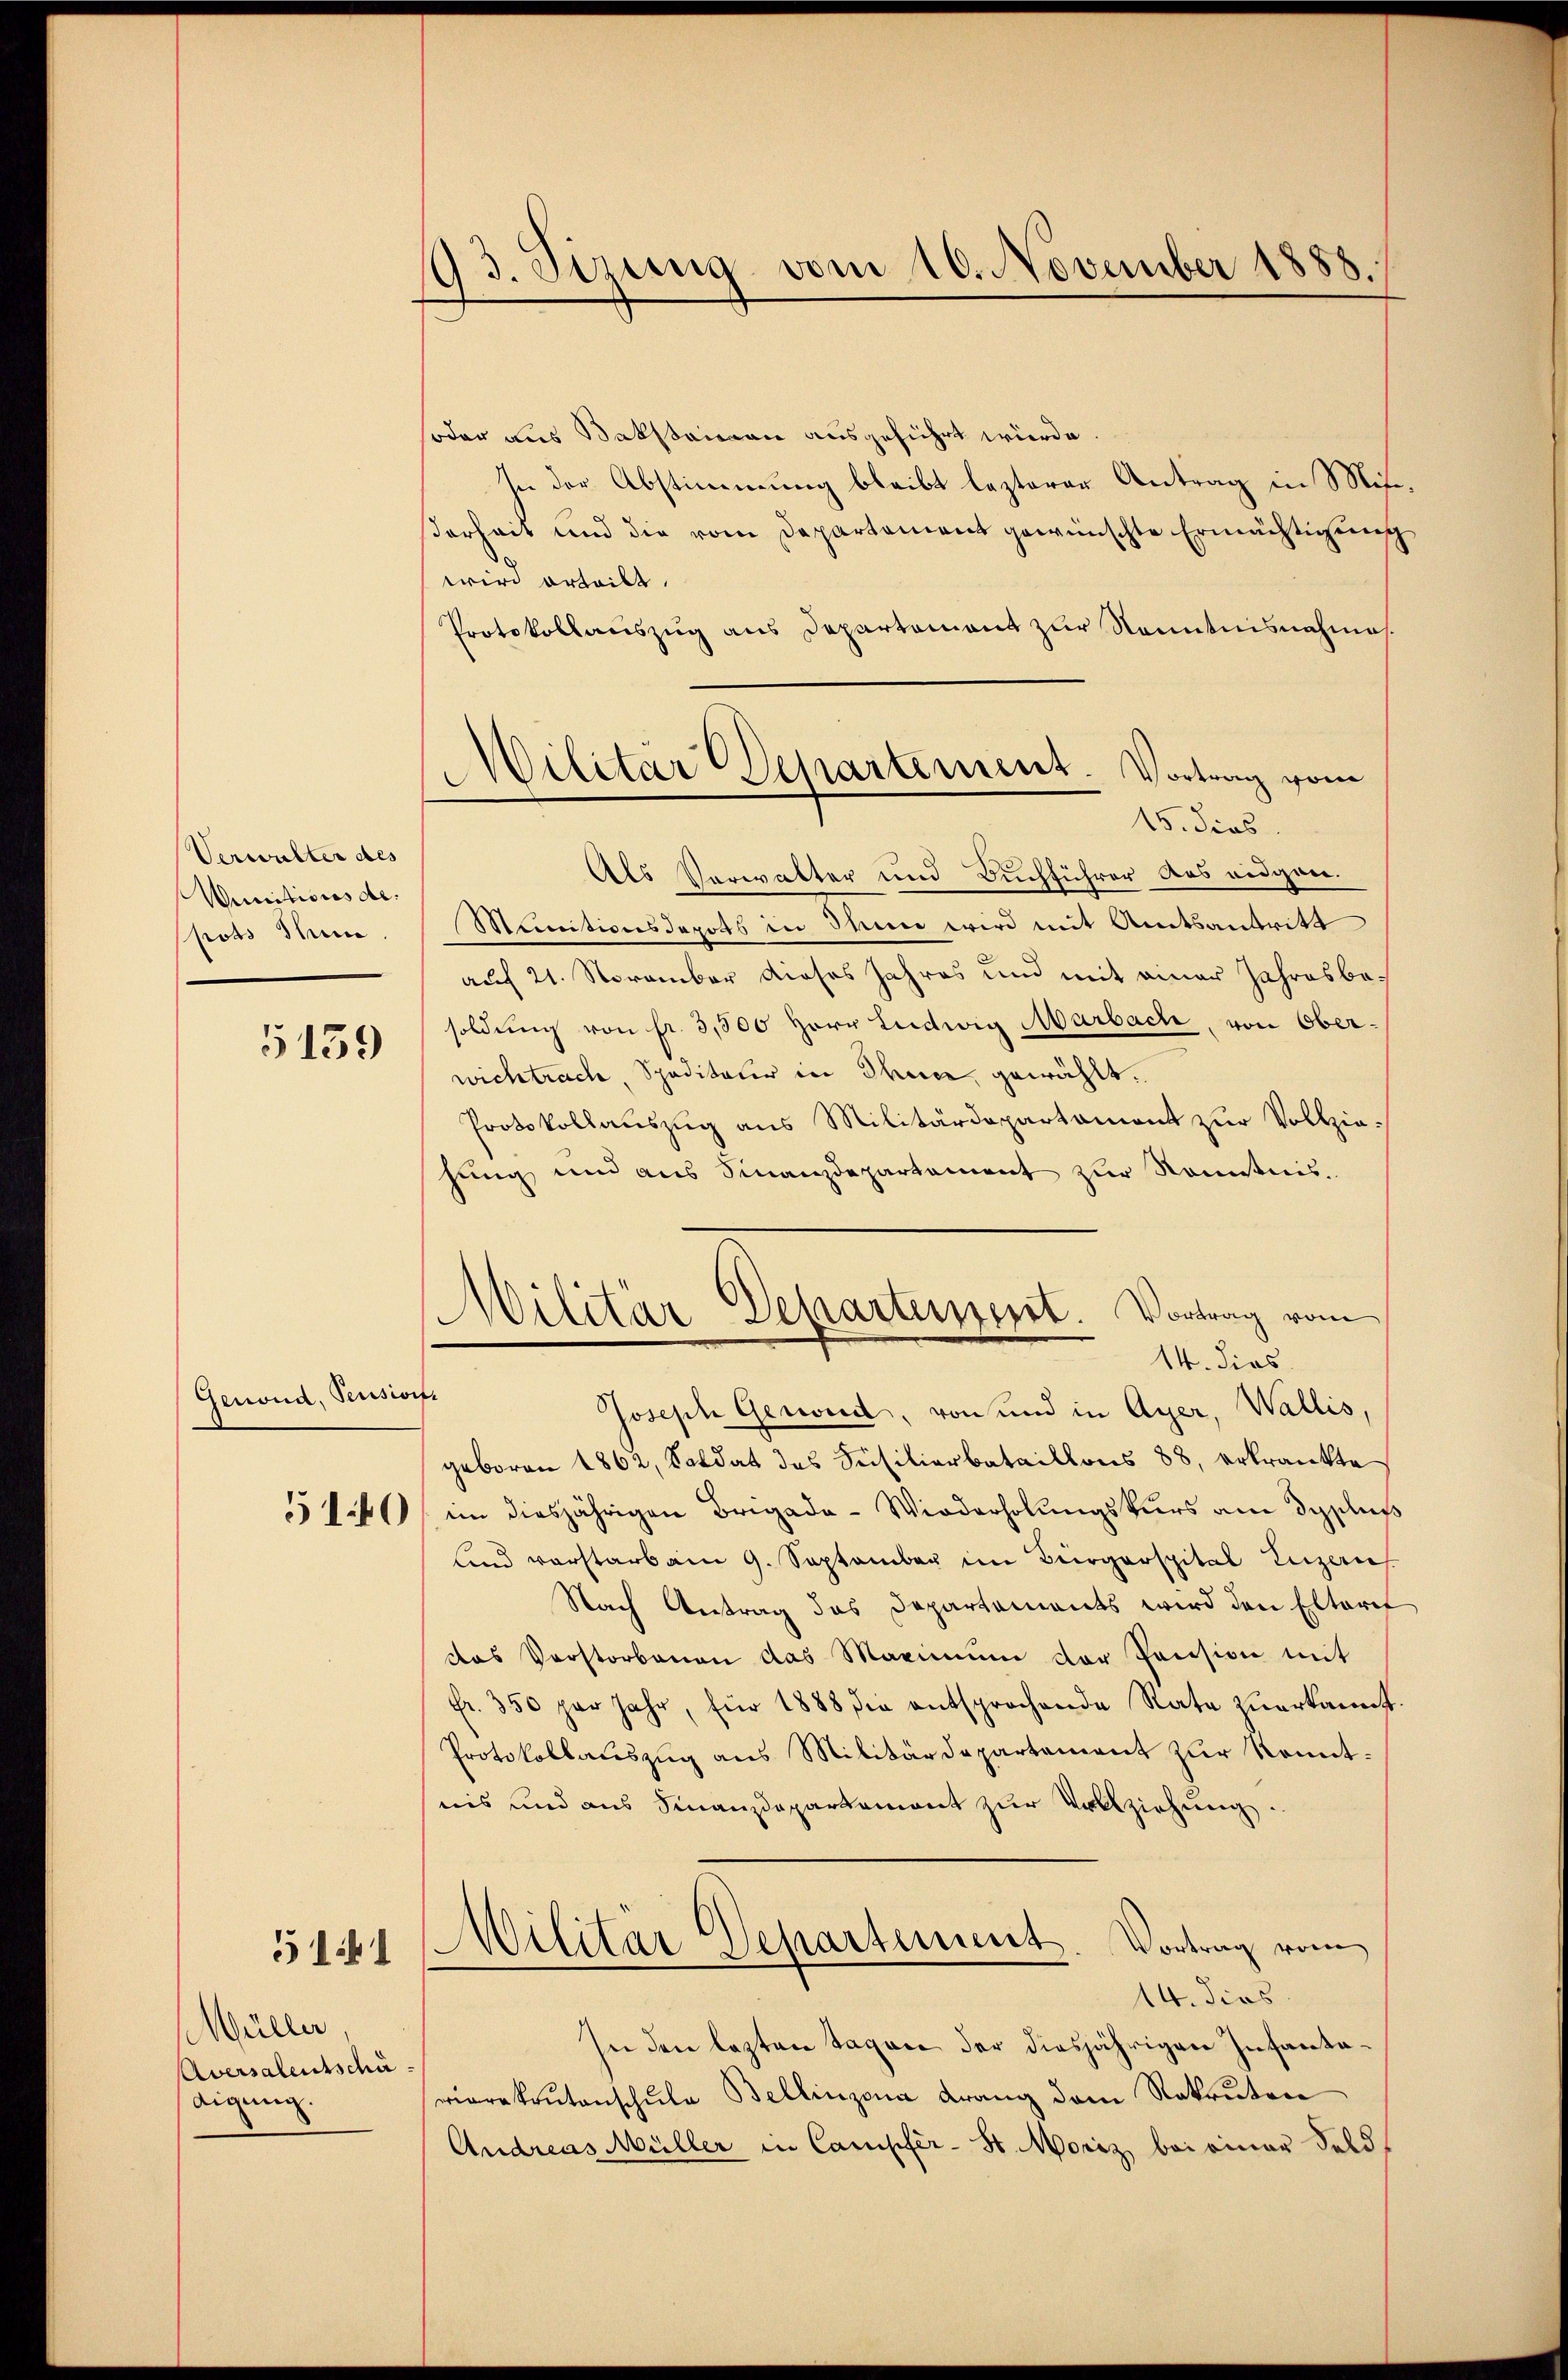
Verwalter des
Weinitionische.
pots Stun

5159

Genoud, Pensioift

510

5141

Müller,
Aversalentschä
digung.

93. Sizung vom 10. November 1888.

soder aus Baktairen ausgeführt würde.
In der Abstimmung bleibt lezterer Antrag in Mitserheit und die vom Departement gewünschte Ermächtigung
wird erteilt.
Protokollauszug aus Departement zur Kenntnisnahme.
Als Verwalter und Buchführer das eidgen.
Munitionsdepots in Mein wird mit Amtsantritt
auf 21. November dieses Jahres und mit einer Jahresbasoldŭng von fr. 3,500 herr Ludwig Marbach, von Ober-
wichtrach, Speditater in Ohne gewählt.
Protokollauszug aus Militärdepartament zur Vollziehung und aus Finanzdepartement zur Kenntnis.
Militar Departement. Vortrag vom
14. dies
Joseph Gerwird, von und in Ayer, Wallis,
geboren 1862, Soldat des Feisitierbataillons 88, erkrankte
im diesjährigen Brigada - Wiederholungskurs am diplus
Lind vorstarb am 9. September im Bürgerspital Luzern
Nach Antrag das Departements wird den Elteret
das Verstorbenen das Maximŭm der Pension mit
Fr. 350 per Jahr, für 1888 die entsprochende Rate zuerkannt
Protokollauszug aus Militärdepartement zur Komitnes und aus Finanzdepartemont zur Vollziehung.
¬
Militär Departement. Vortrag vom
14. dies
In den lezten Tagen der diesjährigen Infantavierekrŭtanschule Bellinzona drang dem Rekruten
Andreas Müller in Campfer- St. Moriz bei einer Feld¬

Militar Departement. Vortrag vom
15. dies